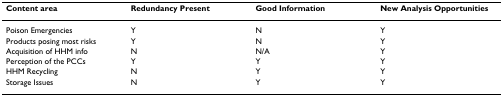
| Content area | Redundancy Present | Good Information | New Analysis Opportunities |
 | --- | --- | --- | --- |
 | Poison Emergencies | Y | N | Y |
 | Products posing most risks | Y | N | Y |
 | Acquisition of HHM info | N | N/A | Y |
 | Perception of the PCCs | Y | Y | Y |
 | HHM Recycling | N | Y | Y |
 | Storage Issues | N | Y | Y |